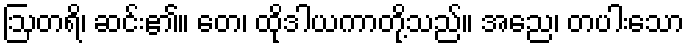
ဩတရိ၊ ဆင်း၏။ တေ၊ ထိုဒါယကာတို့သည်။ အညေ၊ တပါးသော